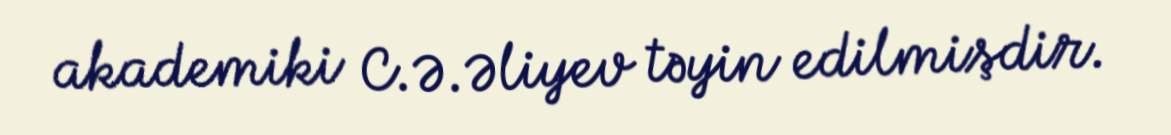
akademiki C.Ə.Əliyev təyin edilmişdir.